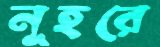
নূহরে